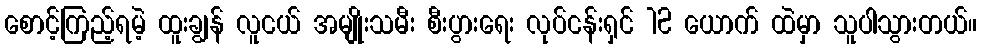
စောင့်ကြည့်ရမဲ့ ထူးချွန် လူငယ် အမျိုးသမီး စီးပွားရေး လုပ်ငန်းရှင် 12 ယောက် ထဲမှာ သူပါသွားတယ်။